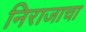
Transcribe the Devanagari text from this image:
निराजाचा